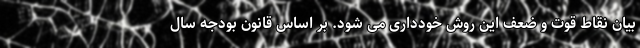
بیان نقاط قوت و ضعف این روش خودداری می شود. بر اساس قانون بودجه سال